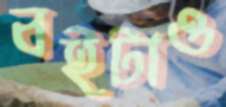
বইটাও